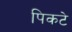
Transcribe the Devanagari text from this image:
पिकटे